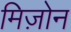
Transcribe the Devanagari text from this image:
मिज़ोन